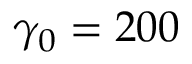
\gamma _ { 0 } = 2 0 0